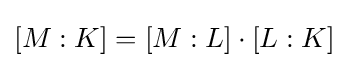
[M:K]=[M:L]\cdot [L:K]